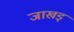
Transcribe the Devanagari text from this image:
जाखड्